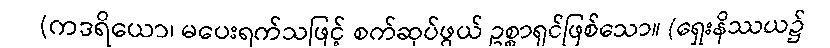
(ကဒရိယော၊ မပေးရက်သဖြင့် စက်ဆုပ်ဖွယ် ဥစ္စာရှင်ဖြစ်သော။ (ရှေးနိဿယ၌